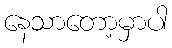
နေသာတော့မှာပါ